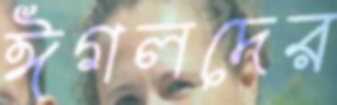
ঈগলদের